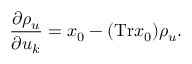
\frac { \partial \rho _ { u } } { \partial u _ { k } } = x _ { 0 } - ( \mathrm { T r } x _ { 0 } ) \rho _ { u } .